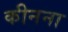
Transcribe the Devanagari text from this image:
कीनना